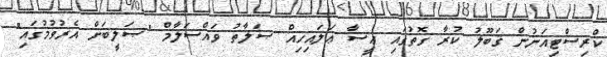
ކްރިސްޓިއަނުން ޤަބޫލު ކުރާ ގޮތުގައި ޢީސާ ޢަލައިހިއް ޞަލާތު ވައްސަލާމް "ޞަލީބަށް އެރުވުމުގައި"